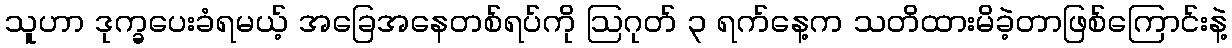
သူဟာ ဒုက္ခပေးခံရမယ့် အခြေအနေတစ်ရပ်ကို ဩဂုတ် ၃ ရက်နေ့က သတိထားမိခဲ့တာဖြစ်ကြောင်းနဲ့